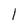
Character: 1